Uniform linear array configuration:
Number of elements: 4
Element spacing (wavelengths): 0.5
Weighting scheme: hann
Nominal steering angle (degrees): -30
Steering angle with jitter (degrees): -28.781
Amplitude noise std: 0.05
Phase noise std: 0.05

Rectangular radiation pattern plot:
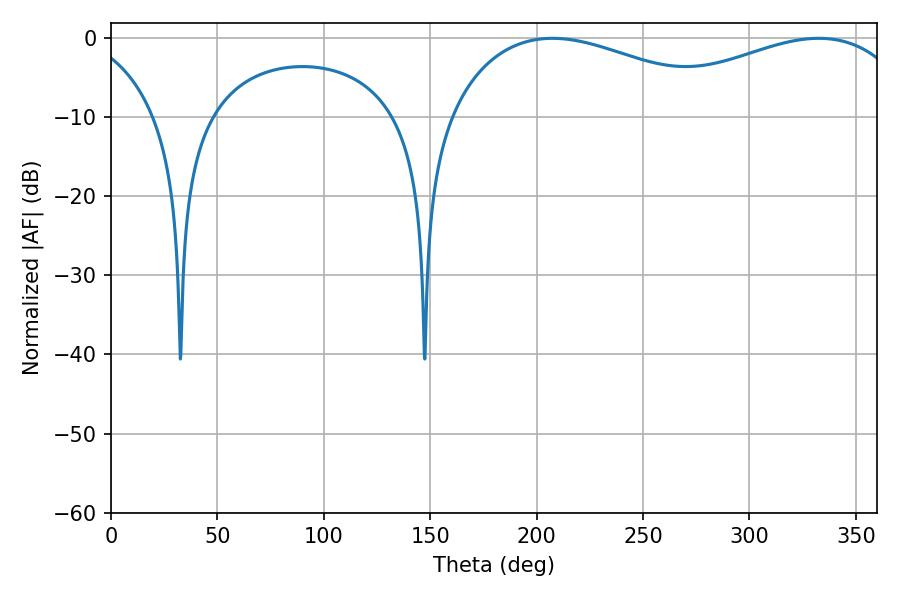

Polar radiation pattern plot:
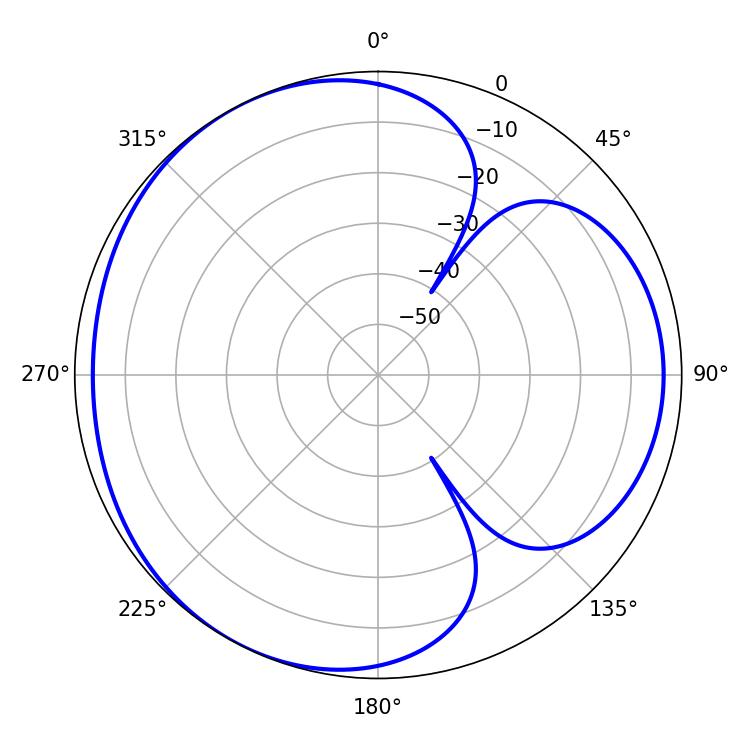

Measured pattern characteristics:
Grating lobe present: FALSE
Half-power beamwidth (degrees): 73.8
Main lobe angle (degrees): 332.46